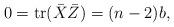
LaTeX: \begin{align*}0 = {\rm tr} (\bar{X}\bar{Z} ) = (n-2)b,\end{align*}